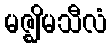
မဇ္ဈိမသီလံ